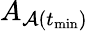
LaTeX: A_{\mathcal{A}(t_{\operatorname*{min}})}